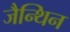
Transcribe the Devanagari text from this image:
जैन्थिन